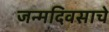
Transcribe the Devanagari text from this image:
जन्मदिवसाचे